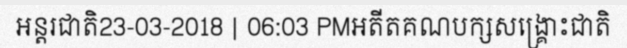
អន្តរជាតិ23-03-2018 | 06:03 PMអតីតគណបក្សសង្គ្រោះជាតិ